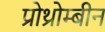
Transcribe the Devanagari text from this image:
प्रोथ्रोम्बीन